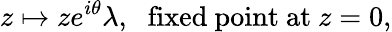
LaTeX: z\mapsto ze^{i\theta}\lambda,\, \, \mathrm{~fixed~point~at~}z=0,